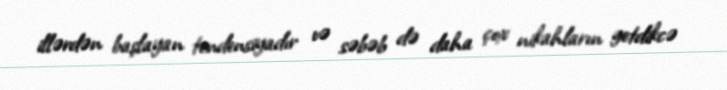
illərdən başlayan tendensiyadır və səbəb də daha çox nikahların getdikcə